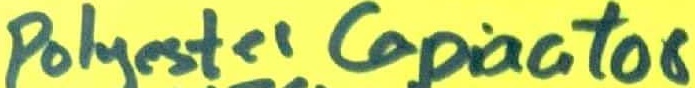
Text: Polyester Capacitor